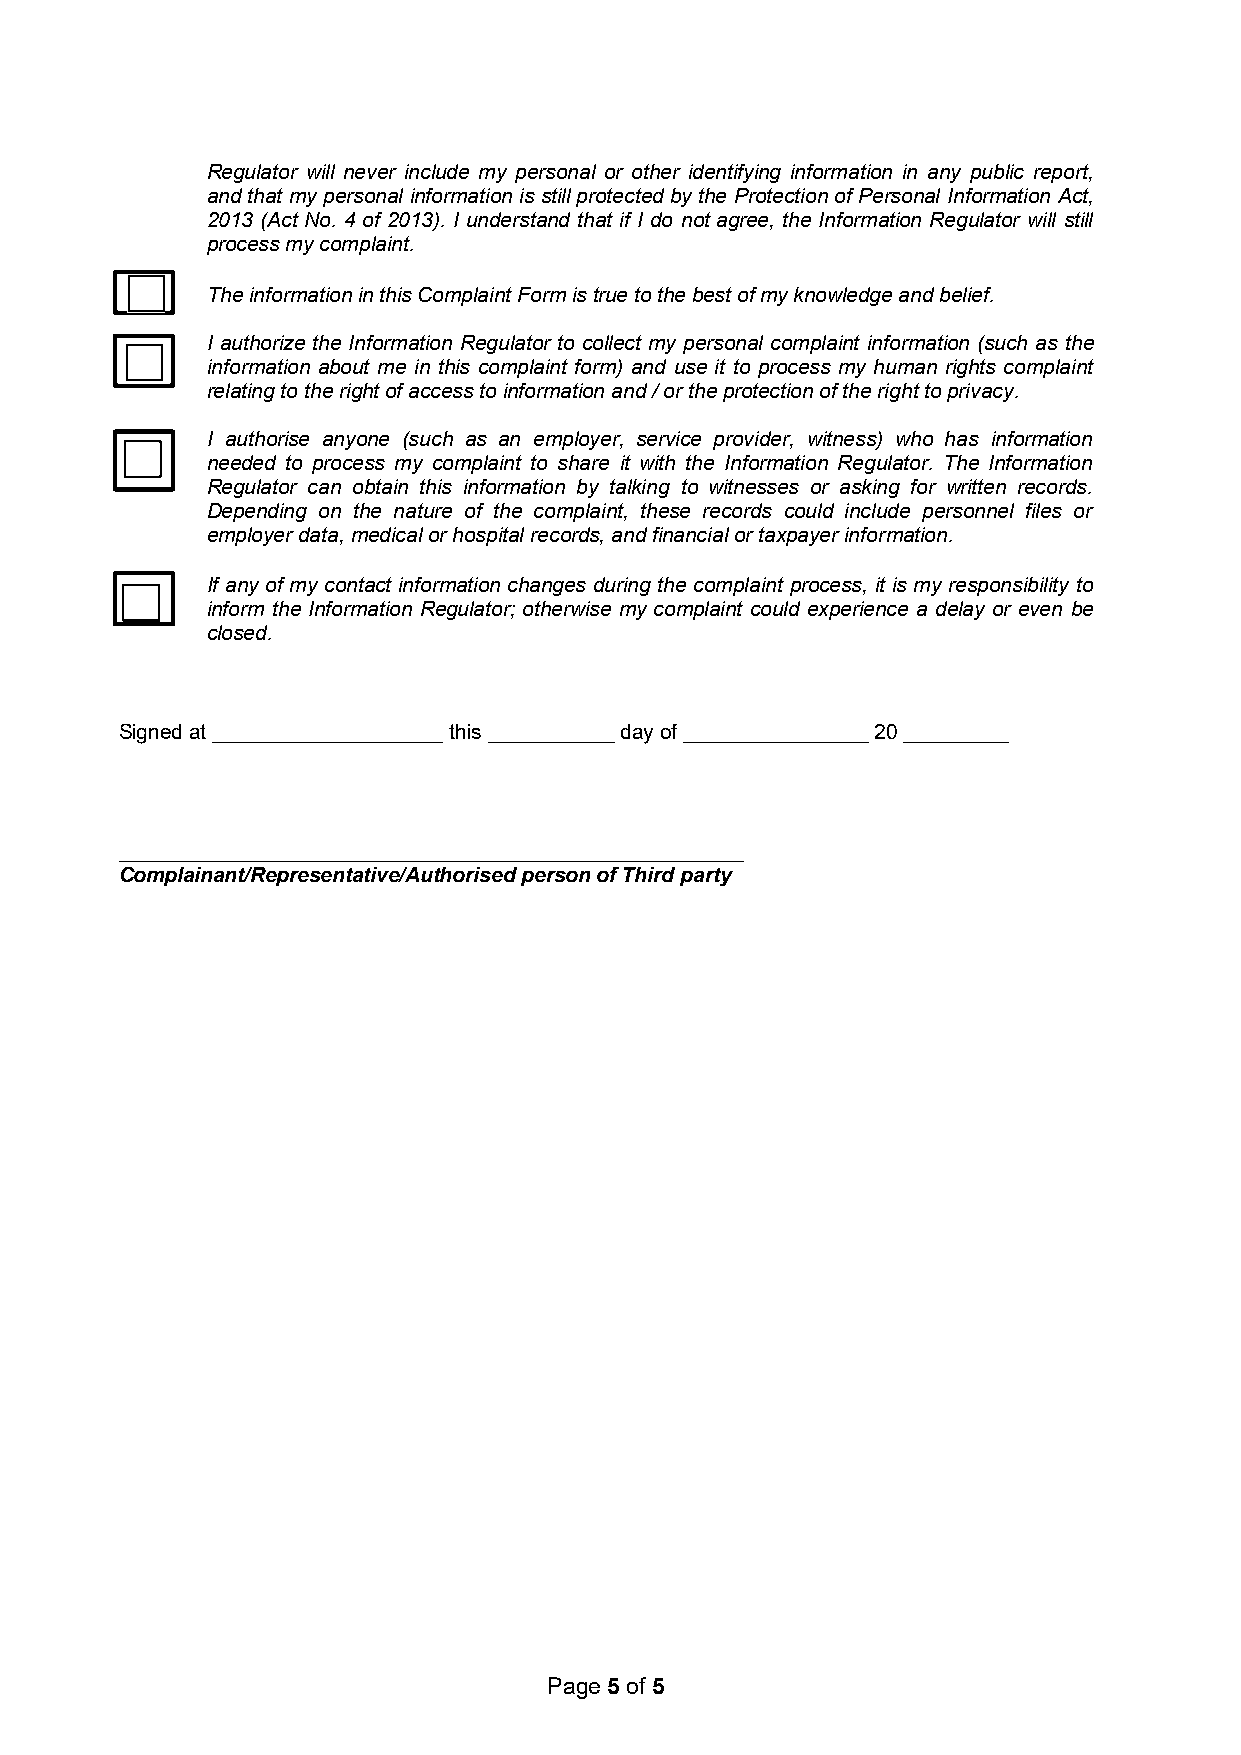
Regulator will never include my personal or other identifying information in any public report,
 and that my personal information is still protected by the Protection of Personal Information Act,
 2013 (Act No. 4 of 2013). I understand that if I do not agree, the Information Regulator will still
 process my complaint.
 The information in this Complaint Form is true to the best of my knowledge and belief.
 I authorize the Information Regulator to collect my personal complaint information (such as the
 information about me in this complaint form) and use it to process my human rights complaint
 relating to the right of access to information and / or the protection of the right to privacy.
 I authorise anyone (such as an employer, service provider, witness) who has information
 needed to process my complaint to share it with the Information Regulator. The Information
 Regulator can obtain this information by talking to witnesses or asking for written records.
 Depending on the nature of the complaint, these records could include personnel files or
 employer data, medical or hospital records, and financial or taxpayer information.
 If any of my contact information changes during the complaint process, it is my responsibility to
 inform the Information Regulator; otherwise my complaint could experience a delay or even be
 closed.
 Signed at ____________________ this ___________ day of ________________ 20 _________
 ______________________________________________________
 Complainant/Representative/Authorised person of Third party
 Page 5of5